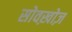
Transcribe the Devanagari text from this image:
सोवख़ोज़